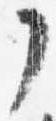
了